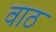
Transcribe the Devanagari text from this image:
वाठ